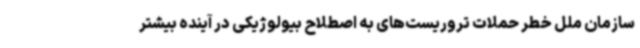
سازمان ملل خطر حملات تروریست‌های به اصطلاح بیولوژیکی در آینده بیشتر